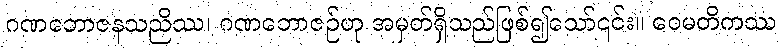
ဂဏဘောဇနသညိဿ၊ ဂဏဘောဇဉ်ဟု အမှတ်ရှိသည်ဖြစ်၍သော်၎င်း။ ဝေမတိကဿ